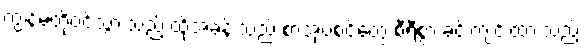
ကျွန်မတို့ဝင်သွားသည့် ထိုအခန်းသည် စာအုပ်စင်တွေ စီရီစွာ ခင်းကျင်းထားသည့်